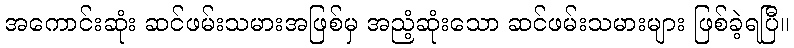
အကောင်းဆုံး ဆင်ဖမ်းသမားအဖြစ်မှ အညံ့ဆုံးသော ဆင်ဖမ်းသမားများ ဖြစ်ခဲ့ရပြီ။